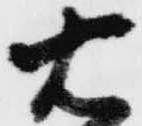
右